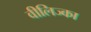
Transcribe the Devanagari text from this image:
वीलिज्का